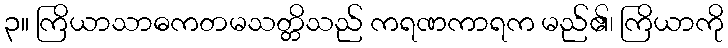
၃။ ကြိယာသာဓကတမသတ္တိသည် ကရဏကာရက မည်၏၊ ကြိယာကို